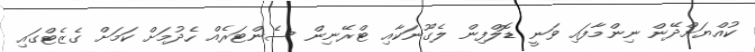
ކުއްޔަށްދޭން ނިންމާފައި ވަނީ ޑޮލްފިން ލެގޫނަކާއި ޓްރޭނިން ސެންޓަރެއް ހެދުމަށް ކަމަށް ގެޒެޓްގައި